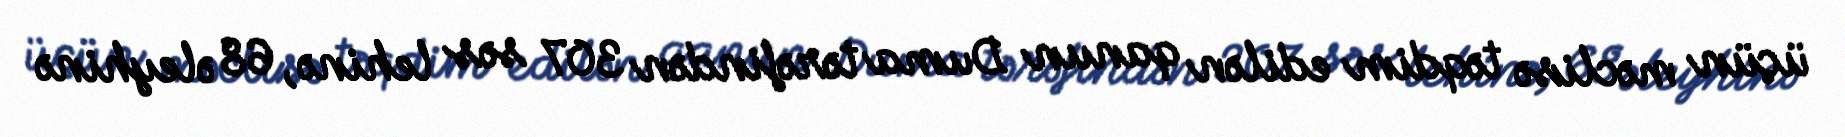
üçün məclisə təqdim edilən qanun Duma tərəfindən 307 səs lehinə, 68 əleyhinə